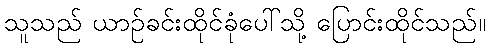
သူသည် ယာဉ်ခင်းထိုင်ခုံပေါ်သို့ ပြောင်းထိုင်သည်။